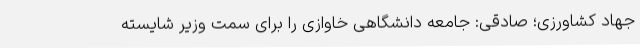
جهاد کشاورزی؛ صادقی: جامعه دانشگاهی خاوازی را برای سمت وزیر شایسته